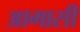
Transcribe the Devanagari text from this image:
आगासी